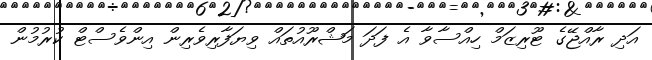
އަދި ރާއްޖޭގެ ޓޫރިޒަމް ހިއްސާވާ އެ ފަދަ މަޝްރޫއުތައް ވިޔަފާރިވެރިން އިންވެސްޓް ކުރުމުން